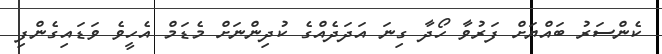
ކެންސަރު ބައްޔަށް ފަރުވާ ހޯދާ ގިނަ އަދަދެއްގެ ކުދިންނަށް މެޑަމް އެހީވެ ވަޑައިގެންފި